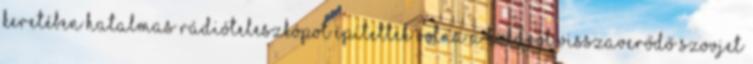
keretében hatalmas rádióteleszkópot építettek volna a Holdról visszaverődő szovjet